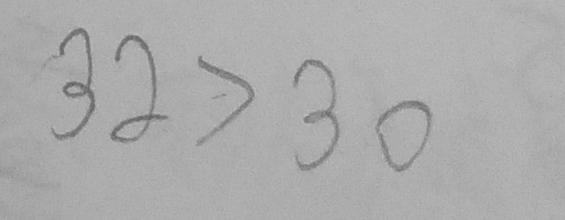
3 2 > 3 0